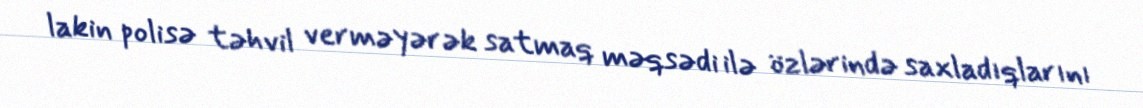
lakin polisə təhvil verməyərək satmaq məqsədi ilə özlərində saxladıqlarını